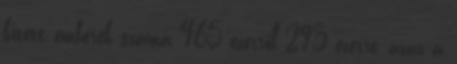
kitett emberek száma 465 ezerről 293 ezerre, azaz a